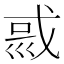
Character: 𡿿